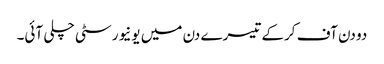
دو دن آف کرکے تیسرے دن میں یونیورسٹی چلی آئی۔